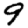
Digit: 9